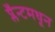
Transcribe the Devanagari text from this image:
प्लँन्टमधून